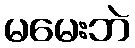
မမေးဘဲ